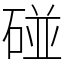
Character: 碰